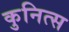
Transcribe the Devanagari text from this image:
कुनित्स